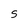
Character: S